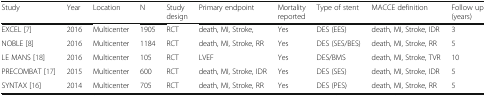
| Study | Year | Location | N | Study design | Primary endpoint | Mortality reported | Type of stent | MACCE definition | Follow up (years) |
 | --- | --- | --- | --- | --- | --- | --- | --- | --- | --- |
 | EXCEL [7] | 2016 | Multicenter | 1905 | RCT | death, MI, Stroke, | Yes | DES (EES) | death, MI, Stroke, IDR | 3 |
 | NOBLE [8] | 2016 | Multicenter | 1184 | RCT | death, MI, Stroke, RR | Yes | DES (SES/BES) | death, MI, Stroke, RR | 5 |
 | LE MANS [18] | 2016 | Multicenter | 105 | RCT | LVEF | Yes | DES/BMS | death, MI, Stroke, TVR | 10 |
 | PRECOMBAT [17] | 2015 | Multicenter | 600 | RCT | death, MI, Stroke, IDR | Yes | DES (SES) | death, MI, Stroke, IDR | 5 |
 | SYNTAX [16] | 2014 | Multicenter | 705 | RCT | death, MI, Stroke, RR | Yes | DES (PES) | death, MI, Stroke, RR | 5 |